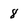
Character: 8